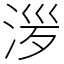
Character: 㳨